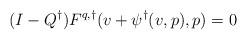
LaTeX: \begin{align*}(I-Q^\dagger)F^{q,\dagger}(v+\psi^\dagger(v,p),p)=0\end{align*}